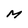
Character: M